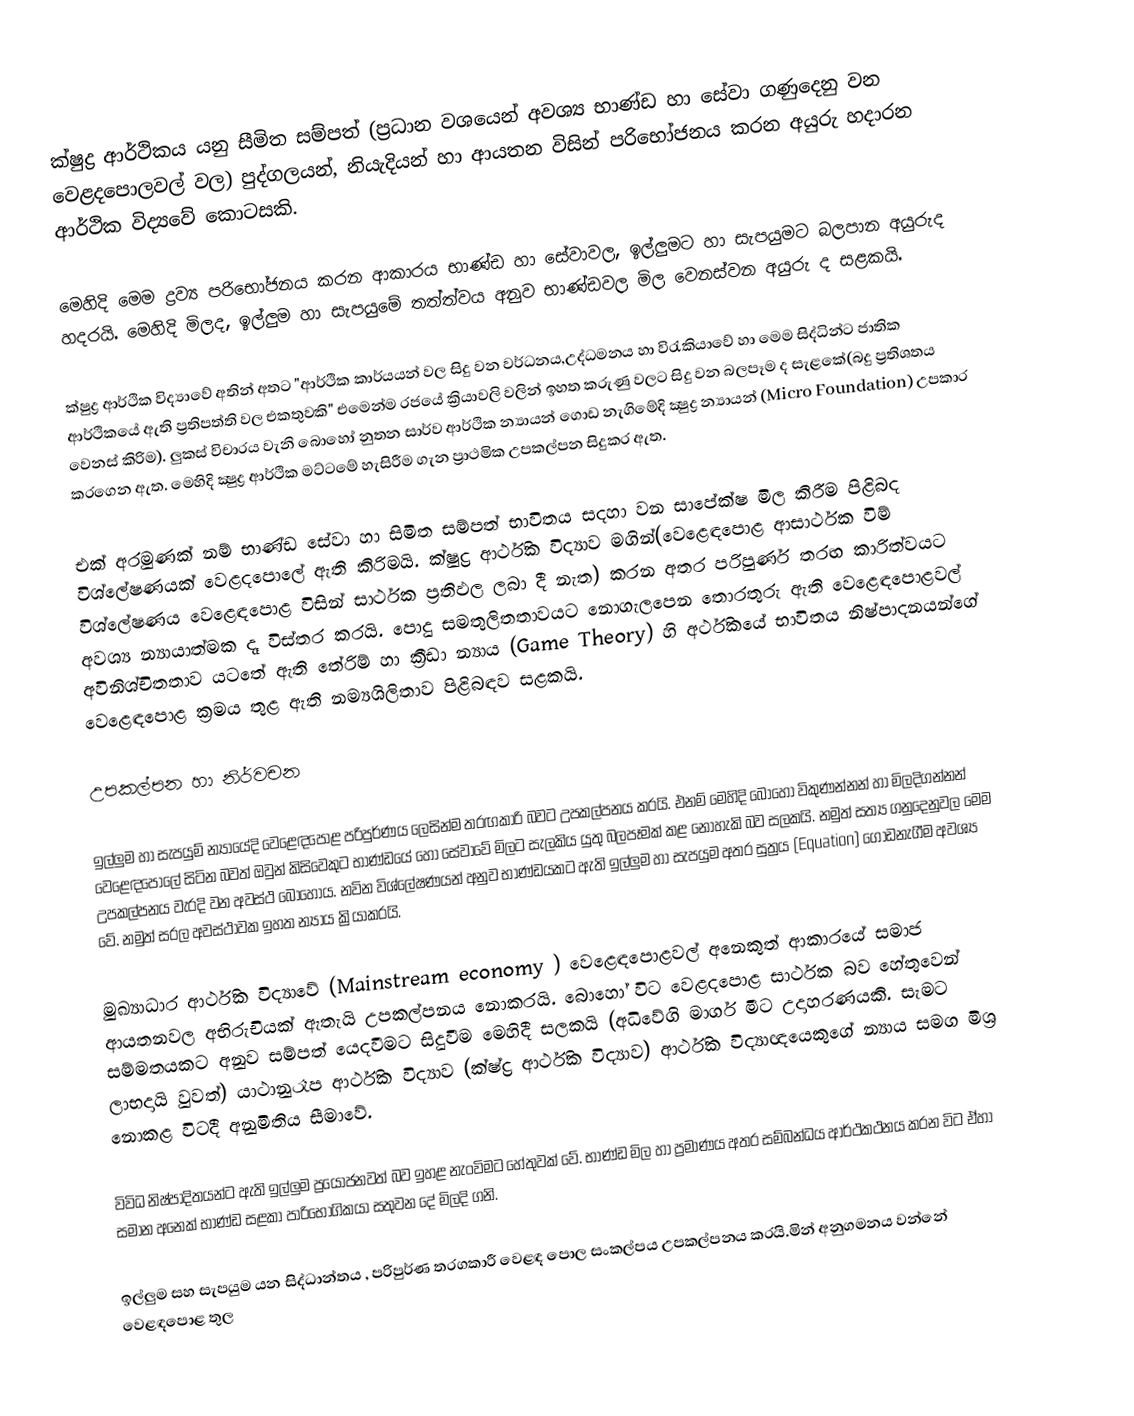
ක්ෂුද්‍ර ආර්ථිකය යනු සීමිත සම්පත් (ප්‍රධාන වශයෙන් අවශ්‍ය භාණ්ඩ හා සේවා ගණුදෙනු වන වෙළදපොලවල් වල) පුද්ගලයන්, නියැදියන් හා ආයතන විසින් පරිභෝජනය කරන අයුරු හදාරන ආර්ථික විද්‍යවේ කොටසකි.

මෙහිදි මෙම ද්‍රව්‍ය පරිභෝජනය කරන ආකාරය භාණ්ඩ හා සේවාවල, ඉල්ලුමට හා සැපයුමට බලපාන අයුරුද හදරයි. මෙහිදි මිලද, ඉල්ලුම හා සැපයුමේ තත්ත්වය අනුව භාණ්ඩවල මිල වෙනස්වන අයුරු ද සළකයි.

ක්ෂුද්‍ර ආර්ථික විද්‍යාවේ අතින් අතට "ආර්ථික කාර්යයන් වල සිදු වන වර්ධනය,උද්ධමනය හා විරැකියාවේ හා මෙම සිද්ධින්ට ජාතික ආර්ථිකයේ ඇති ප්‍රතිපත්ති වල එකතුවකි" එමෙන්ම රජයේ ක්‍රියාවලි වලින් ඉහත කරුණු වලට සිදු වන බලපෑම ද සැළකේ(බදු ප්‍රතිශතය වෙනස් කිරිම). ලුකස් විචාරය වැනි බොහෝ නුතන සාර්ව ආර්ථික න්‍යායන් ගොඩ නැගිමේදි ක්‍ෂුද්‍ර න්‍යායන් (Micro Foundation) උපකාර කරගෙන ඇත. මෙහිදි ක්‍ෂුද්‍ර ආර්ථික මට්ටමේ හැසිරීම ගැන ප්‍රාථමික උපකල්පන සිදුකර ඇත.

එක් අරමුණක් නම් භාණ්ඩ සේවා හා සිමිත සම්පත් භාවිතය සදහා වන සාපේක්ෂ මිල කිරීම පිළිබද වි‍ශ්ලේෂණයක් වෙළදපොලේ ඇති කිරිමයි. ක්ෂුද්‍ර ආර්ථික විද්‍යාව මගින්(වෙළෙඳපොළ ආසාර්ථක විම් විශ්ලේෂණය වෙළෙඳපොළ විසින් සාර්ථක ප්‍රතිඵල ලබා දී නැත) කරන අතර පරිපුර්ණ තරඟ කාරිත්වයට අවශ්‍ය න්‍යායාත්මක දෑ විස්තර කරයි. පොදු සමතුලිතතාවයට නොගැලපෙන තොරතුරු ඇති වෙළෙඳපොළවල් අවිනිශ්චිතතාව යටතේ ඇති තේරිම් හා ක්‍රීඩා න්‍යාය (Game Theory) හි අර්ථිකයේ භාවිතය නිෂ්පාදනයන්ගේ වෙළෙඳපොළ ක්‍රමය තුළ ඇති නම්‍යශිලිතාව පිළිබඳව සළකයි.

උපකල්පන හා නිර්වචන

ඉල්ලුම හා සැපයුම් න්‍යායේදි වෙළෙඳපොළ පරිපුර්ණය ලෙසින්ම තරඟකාරි බවට උපකල්පනය කරයි. එනම් මෙහිදි බොහෝ විකුණන්නන් හා මිලදිගන්නන් වෙළෙඳපොලේ සිටින බවත් ඔවුන් කිසිවෙකුට භාණ්ඩයේ හෝ සේවාවේ මිලට සැලකිය යුතු බලපෑමක් කළ නොහැකි බව සලකයි. නමුත් සත්‍ය ගනුදෙනුවල මෙම උපකල්පනය වැරදි වන අවස්ථ බොහෝය. නවින විශ්ලේෂණයන් අනුව භාණ්ඩයකට ඇති ඉල්ලුම හා සැපයුම අතර සුත්‍රය (Equation) ගොඩනැගීම අවශ්‍ය වේ. නමුත් සරල අවස්ථාවක ඉහත න්‍යාය ක්‍රියාකරයි.

මුඛ්‍යාධාර ආර්ථික විද්‍යාවේ (Mainstream economy ) වෙළෙඳපොළවල් අනෙකුත් ආකාරයේ සමාජ ආයතනවල අභිරුචියක් ඇතැයි උපකල්පනය නොකරයි. බොහෝ විට වෙළද‍පොළ සාර්ථක බව හේතුවෙන් සම්මතයකට අනුව සම්පත් යෙදවීමට සිදුවීම මෙහිදී සලකයි (අධිවේගි මාර්ග මීට උදාහරණයකි. සැමට ලාභදායි වුවත්) යාථානුරෑප ආර්ථික විද්‍යාව (ක්ෂ්ද්‍ර ආර්ථික විද්‍යාව) ආර්ථික විද්‍යාඥයෙකුගේ න්‍යාය සමග මිශ්‍ර නොකළ විටදී අනුමිතිය සීමාවේ.

විවිධ නිෂ්පාදිතයන්ට ඇති ඉල්ලුම ප්‍රයෝජනවත් බව ඉහළ නැංවිමට හේතුවක් වේ. භාණ්ඩ මිල හා ප්‍රමාණය අතර සම්බන්ධය ආර්ථකථනය කරන විට ඒහා සමාන අනෙක් භාණ්ඩ සළකා පාරිභෝගිකයා සතුවන දේ මිලදි ගනි.

ඉල්ලුම සහ සැපයුම යන සිද්ධාන්තය , පරිපුර්ණ තරගකාරී වෙළඳ පොල සංකල්පය උපකල්පනය කරයි.මින් අනුගමනය වන්නේ වෙළඳපොළ තුල